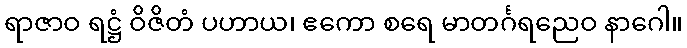
ရာဇာဝ ရဋ္ဌံ ဝိဇိတံ ပဟာယ၊ ဧကော စရေ မာတင်္ဂရညေဝ နာဂေါ။